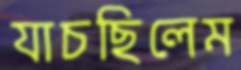
যাচছিলেম